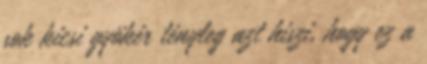
sok kicsi gyökér tényleg azt hiszi, hogy ez a